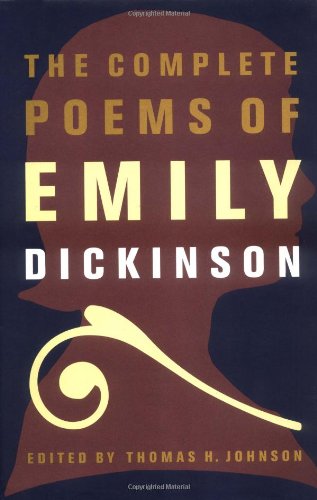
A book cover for The Complete Poems of Emily Dickinson; Emily Dickinson; Literature & Fiction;